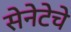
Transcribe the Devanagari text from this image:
सेनेटेचे